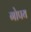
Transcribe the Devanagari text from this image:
गोपय